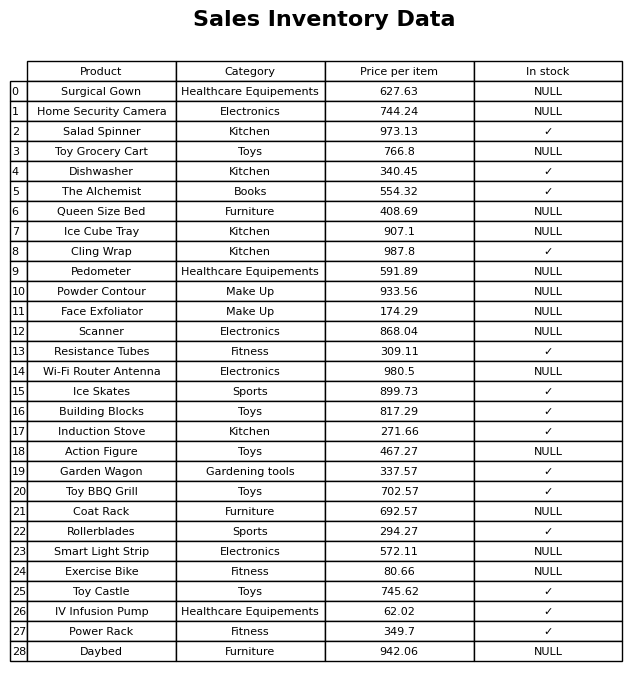
question: What is the price of the Ice Cube Tray?
answer: The price of Ice Cube Tray is 907.1.